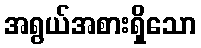
အရွယ်အစားရှိသော